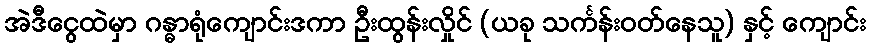
အဲဒီငွေထဲမှာ ဂန္ဓာရုံကျောင်းဒကာ ဦးထွန်းလှိုင် (ယခု သင်္ကန်းဝတ်နေသူ) နှင့် ကျောင်း